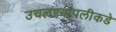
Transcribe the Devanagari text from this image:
उचलण्यापलीकडे